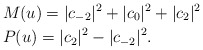
\begin{align*}& M(u) = |c_{-2}|^2 + |c_0|^2 + |c_2|^2 \\& P(u) = |c_2|^2 - |c_{-2}|^2.\end{align*}